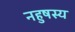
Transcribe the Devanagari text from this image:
नहुषस्य